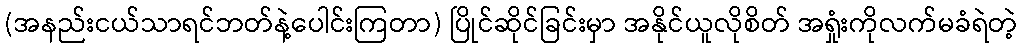
(အနည်းငယ်သာရင်ဘတ်နဲ့ပေါင်းကြတာ) ပြိုင်ဆိုင်ခြင်းမှာ အနိုင်ယူလိုစိတ် အရှုံးကိုလက်မခံရဲတဲ့